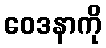
ဝေဒနာကို